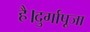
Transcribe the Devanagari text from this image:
है।दुर्गापूजा